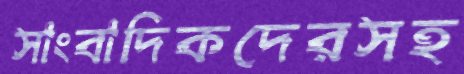
সাংবাদিকদেরসহ